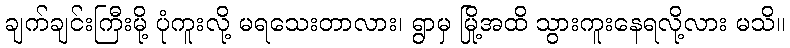
ချက်ချင်းကြီးမို့ ပုံကူးလို့ မရသေးတာလား၊ ရွာမှ မြို့အထိ သွားကူးနေရလို့လား မသိ။